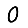
Digit: 0